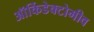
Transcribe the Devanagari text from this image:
ऑर्किडेक्टोमीव